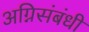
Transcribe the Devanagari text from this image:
अग्निसंबंधी